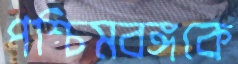
পশ্চিমবঙ্গকে